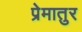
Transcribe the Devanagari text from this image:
प्रेमातुर